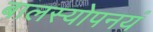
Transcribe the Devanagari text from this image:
बालस्योपनयं